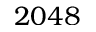
2 0 4 8